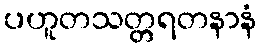
ပဟူတသတ္တရတနာနံ